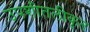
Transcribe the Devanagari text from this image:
उपशीतलीकृत